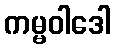
ကမ္မဝါဒေါ